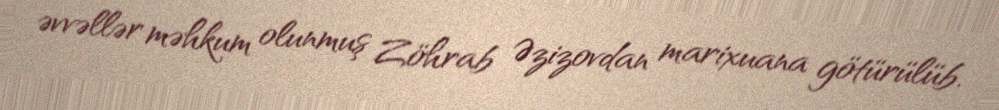
əvvəllər məhkum olunmuş Zöhrab Əzizovdan marixuana götürülüb.